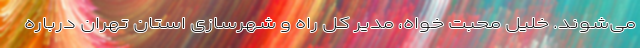
می‌شوند. خلیل محبت خواه، مدیر کل راه و شهرسازی استان تهران درباره